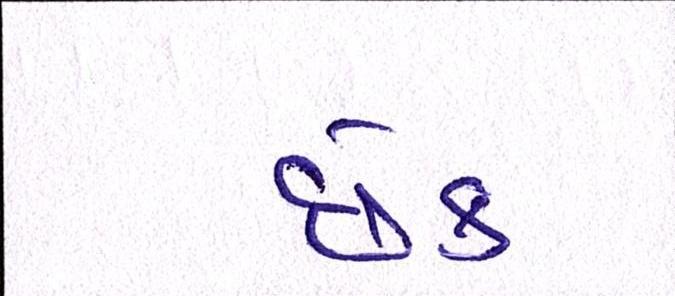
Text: છેક